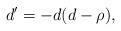
LaTeX: \begin{align*}& d' = -d(d-\rho),\end{align*}